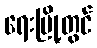
ရေးမြို့တွင်